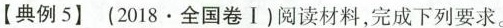
【典例5】(2018.全国卷I)阅读材料，完成下列要求。